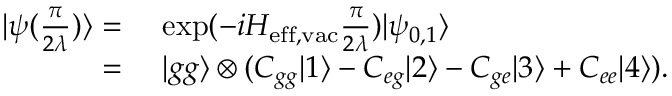
\begin{array} { r l } { | \psi ( \frac { \pi } { 2 \lambda } ) \rangle = } & { ~ \mathrm { e x p } ( - i H _ { \mathrm { e f f , v a c } } \frac { \pi } { 2 \lambda } ) | \psi _ { 0 , 1 } \rangle } \\ { = } & { ~ | g g \rangle \otimes ( C _ { g g } | 1 \rangle - C _ { e g } | 2 \rangle - C _ { g e } | 3 \rangle + C _ { e e } | 4 \rangle ) . } \end{array}